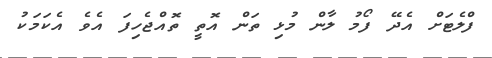
ފްލެޓަށް އެދޭ ފޯމު ލާން މުޅި ތަން އޮތީ ތޮއްޖެހިފަ އެވެ އެކަމަކު